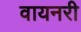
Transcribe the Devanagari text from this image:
वायनरी